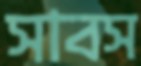
সাবস